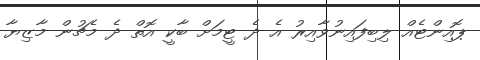
ޕޮއިންޓެއް ލިބިފައިނުވާއިރު އެ ދެ ޓީމަށް ބާކީ އޮތް ދެ މެޗުން މާޒިޔާ